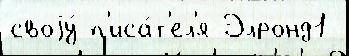
своjу́ п'иса́т'ел'я Элронд1